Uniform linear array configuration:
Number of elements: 32
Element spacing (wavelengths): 0.75
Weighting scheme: uniform
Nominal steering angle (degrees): -45
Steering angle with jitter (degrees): -46.162
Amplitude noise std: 0.05
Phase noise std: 0.05

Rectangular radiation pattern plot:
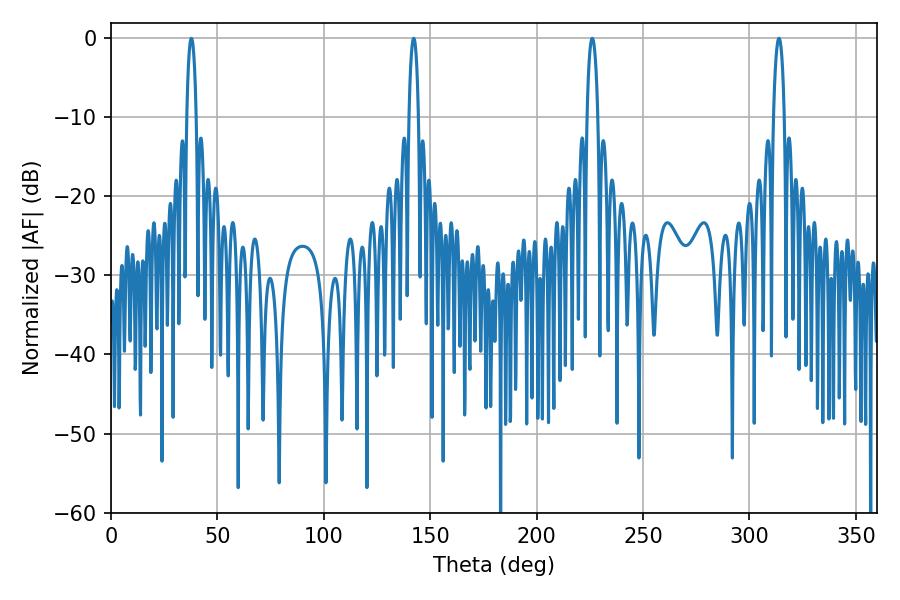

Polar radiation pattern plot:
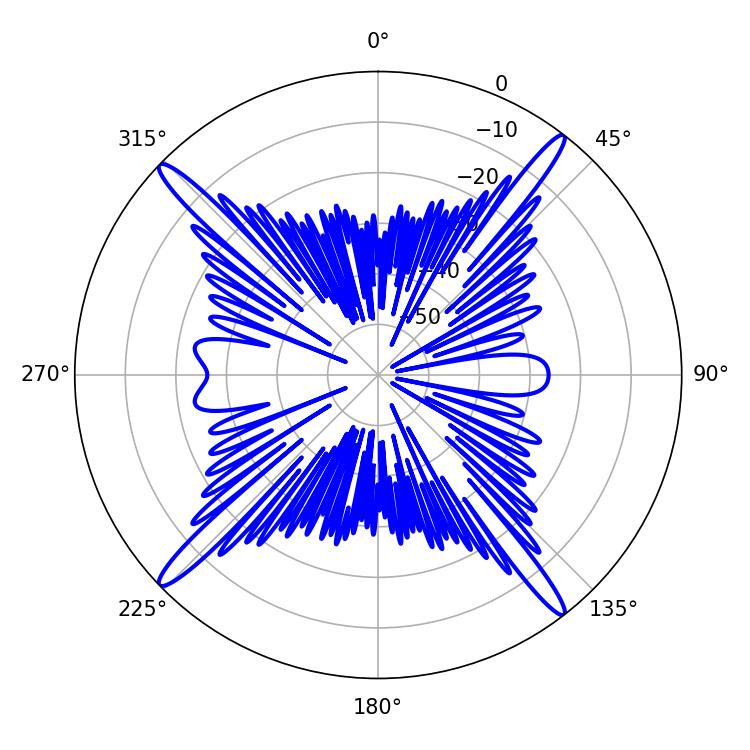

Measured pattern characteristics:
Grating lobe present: TRUE
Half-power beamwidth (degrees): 2.52
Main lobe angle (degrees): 142.2